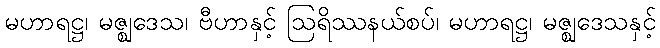
မဟာရဋ္ဌ၊ မဇ္ဈဒေသ၊ ဗီဟာနှင့် ဩရိဿနယ်စပ်၊ မဟာရဋ္ဌ၊ မဇ္ဈဒေသနှင့်